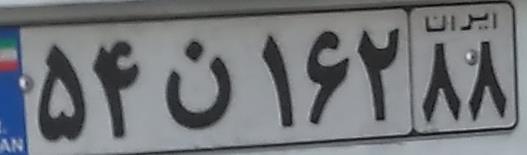
۵۴ن۱۶۲۸۸